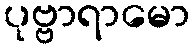
ပုဗ္ဗာရာမော